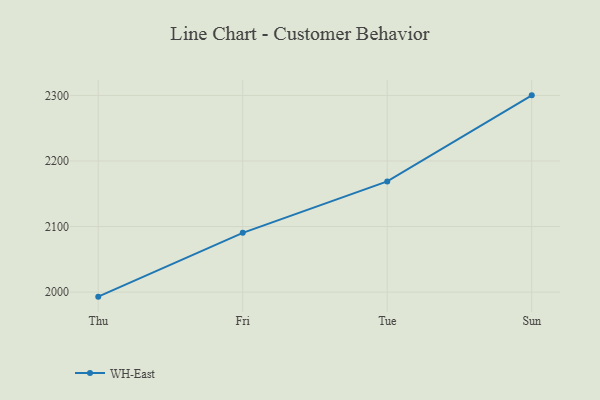
{"axis": {"x": "Day", "y": "Temperature (°C)"}, "legend": ["WH-East"], "data": [{"x": "Thu", "y": 1993.1, "type": "WH-East"}, {"x": "Fri", "y": 2090.4, "type": "WH-East"}, {"x": "Tue", "y": 2168.9, "type": "WH-East"}, {"x": "Sun", "y": 2300.1, "type": "WH-East"}]}